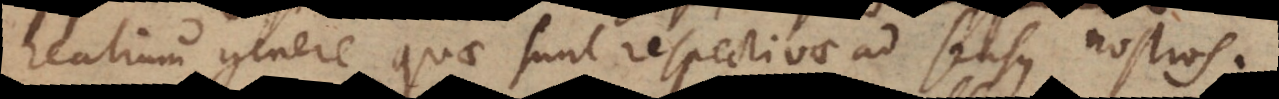
realium genere quae sunt respectivae ad sensus nostros.